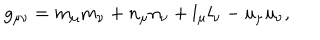
g _ { \mu \nu } = m _ { \mu } m _ { \nu } + n _ { \mu } n _ { \nu } + l _ { \mu } l _ { \nu } - u _ { \mu } u _ { \nu } ,